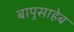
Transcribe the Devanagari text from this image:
बापुसाहेब